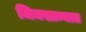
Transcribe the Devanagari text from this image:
जिमखान्यात